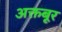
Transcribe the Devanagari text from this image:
अक्तबूर